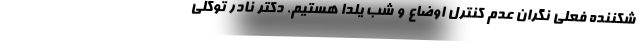
شکننده فعلی نگران عدم کنترل اوضاع و شب یلدا هستیم. دکتر نادر توکلی